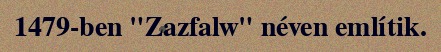
1479-ben "Zazfalw" néven említik.